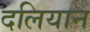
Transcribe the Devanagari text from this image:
दलियान